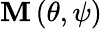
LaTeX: \mathbf{M}\left(\theta,\psi\right)